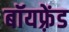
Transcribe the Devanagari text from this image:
बॉयफ़्रेंड